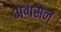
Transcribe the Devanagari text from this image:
अग्रसेन्